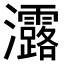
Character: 𤅟